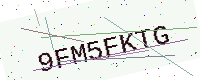
Text: 9FM5FKTG